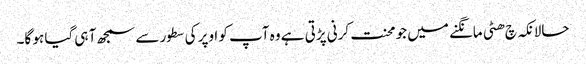
حالانکہ چ ھٹی مانگنے میں جو محنت کرنی پڑتی ہے وہ آپ کو اوپر کی سطور سے سمجھ آ ہی گیا ہو گا۔